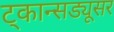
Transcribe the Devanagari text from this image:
ट्कान्सड्यूसर